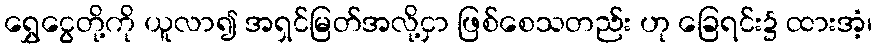
ရွှေငွေတို့ကို ယူလာ၍ အရှင်မြတ်အလို့ငှာ ဖြစ်စေသတည်း ဟု ခြေရင်း၌ ထားအံ့၊